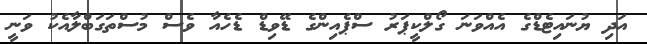
އަދި ޔުނައިޓެޑްގެ އެއްވަނަ ގޯލްކީޕަރު ސްޕެއިންގެ ޑޭވިޑް ޑެހެއާ ވެސް މުސްތަގަބްލާއެކު ވަނީ